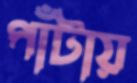
পাঁটায়